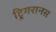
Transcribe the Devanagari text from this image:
ट्रिगरानस